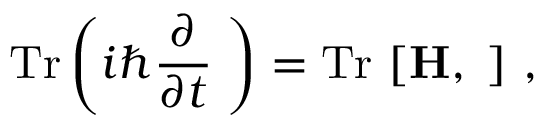
\mathrm { T r } \left( i \hbar { \frac { \partial } { \partial t } } { \bf \rho } \right) = \mathrm { T r } ~ [ { \bf H } , { \bf \rho } ] \ ,